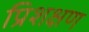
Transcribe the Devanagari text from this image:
प्रिशक्षण